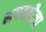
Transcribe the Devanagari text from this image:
भगवतीला